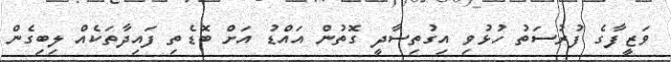
ވަޒީފާގެ ފުރުސަތު ހުޅުވި އިގުތިސާދީ ގޮތުން އައްޑު އަށް ބޮޑެތި ފައިދާތަކެއް ލިބިގެން